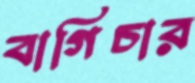
বাগিচার